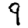
Digit: 9